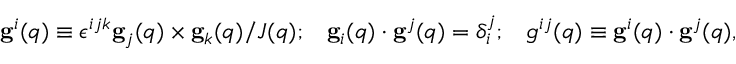
\begin{array} { r } { { \bf g } ^ { i } ( { q } ) \equiv \epsilon ^ { i j k } { \bf g } _ { j } ( { q } ) \times { \bf g } _ { k } ( { q } ) / J ( { q } ) ; \; \; \; { \bf g } _ { i } ( { q } ) \cdot { \bf g } ^ { j } ( { q } ) = \delta _ { i } ^ { j } ; \; \; \; g ^ { i j } ( { q } ) \equiv { \bf g } ^ { i } ( { q } ) \cdot { \bf g } ^ { j } ( { q } ) , } \end{array}